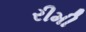
રીમી